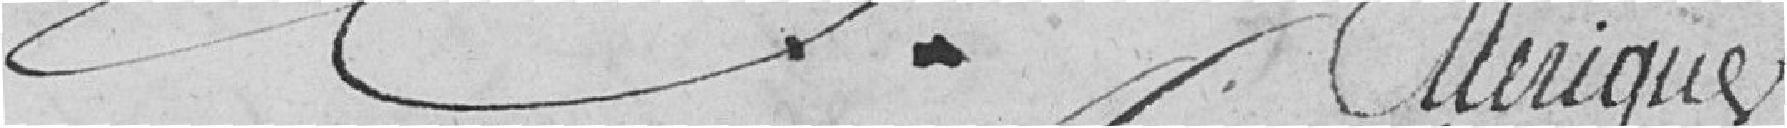
Merique